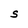
Character: S